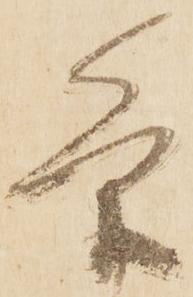
条